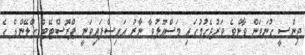
ޖިންސީ ގުނަވަން ވާންވެ ވަރުޖެހުމުގައި މަސްއޫލުވާ ނާރު އައިސްފައިވަނީ ޕްރޮސްޓޭޓް ގްލޭންޑް ގެ